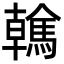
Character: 䮧